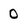
Character: D